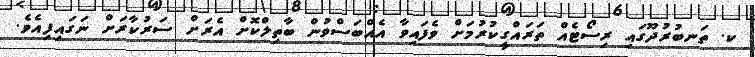
ކ. ތަނބުރުދޫގައި ރިސޯޓެއް ތަރައްގީކުރުމަށް ވެފައިވާ އެއްބަސްވުން ބާތިލްކޮށް އެރަށް ސަރުކާރަށް ނަގައިފިއެވެ.